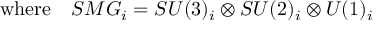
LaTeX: \mathrm { w h e r e } \quad S M G _ { i } = S U ( 3 ) _ { i } \otimes S U ( 2 ) _ { i } \otimes U ( 1 ) _ { i }